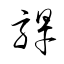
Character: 駻